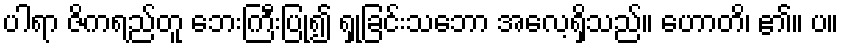
ပါရာ ဇိကရည်တူ ဘေးကြီးပြု၍ ရှုခြင်းသဘော အလေ့ရှိသည်။ ဟောတိ၊ ၏။ ပ။